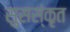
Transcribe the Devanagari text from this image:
सुसस्ंकृत